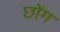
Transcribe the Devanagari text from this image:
छोंग